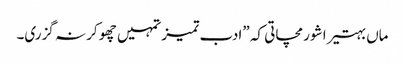
ماں بہتیرا شور مچاتی کہ ”ادب تمیز تمہیں چھو کر نہ گزری۔